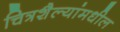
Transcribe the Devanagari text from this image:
चित्रशैल्यांमधील